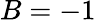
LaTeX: B=-1